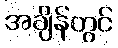
အချိန်တွင်